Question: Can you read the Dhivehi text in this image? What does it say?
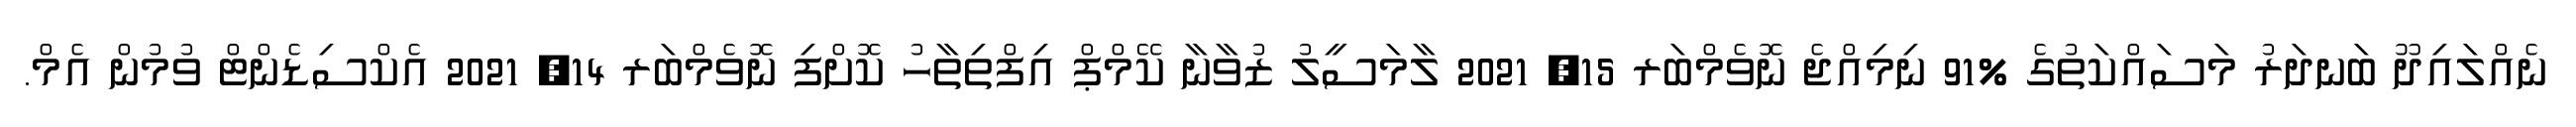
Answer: ނެއްލައިދޫ ބަނދަރު މަސައްކަތުގެ %91 ނިމިއްޖެ ނޮވެމްބަރ 15, 2021 ލާމަސީލު ޒުވާނާ ކޭމްޕް އިފްތިތާހު ކޮށްފި ނޮވެމްބަރ 14, 2021 އެކްސިޑެންޓް ވުމުން އެމް.